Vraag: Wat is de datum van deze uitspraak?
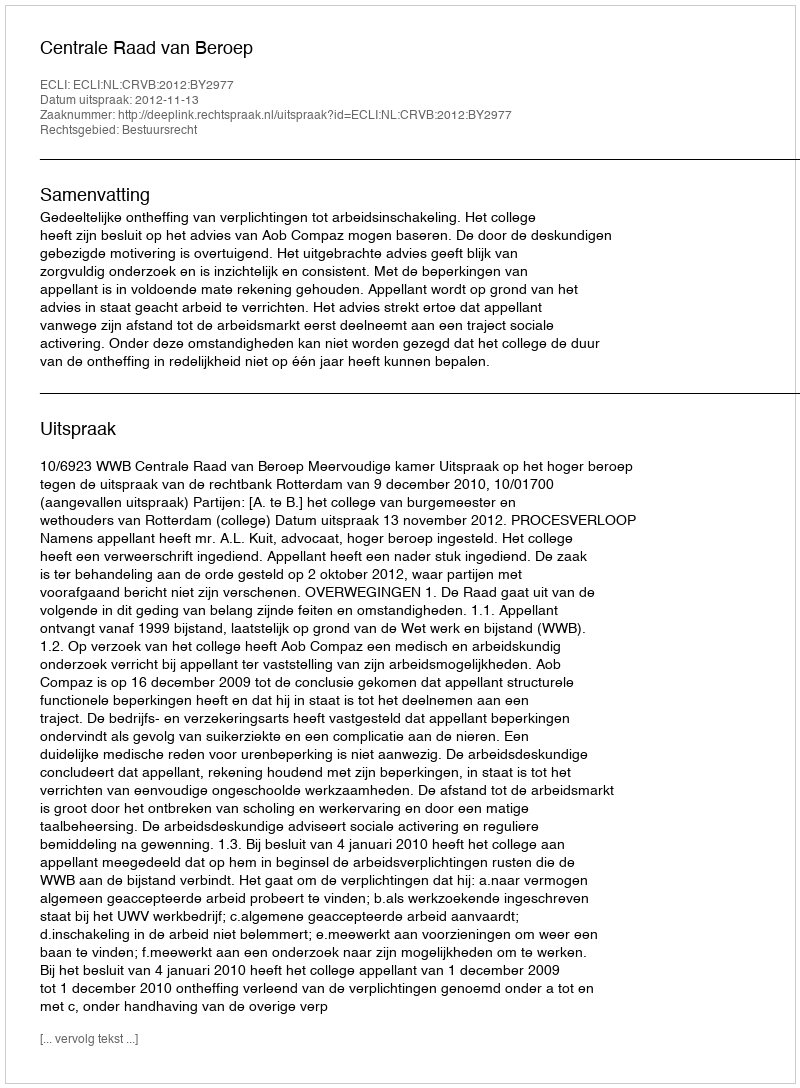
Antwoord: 2012-11-13